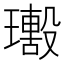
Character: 𤪢